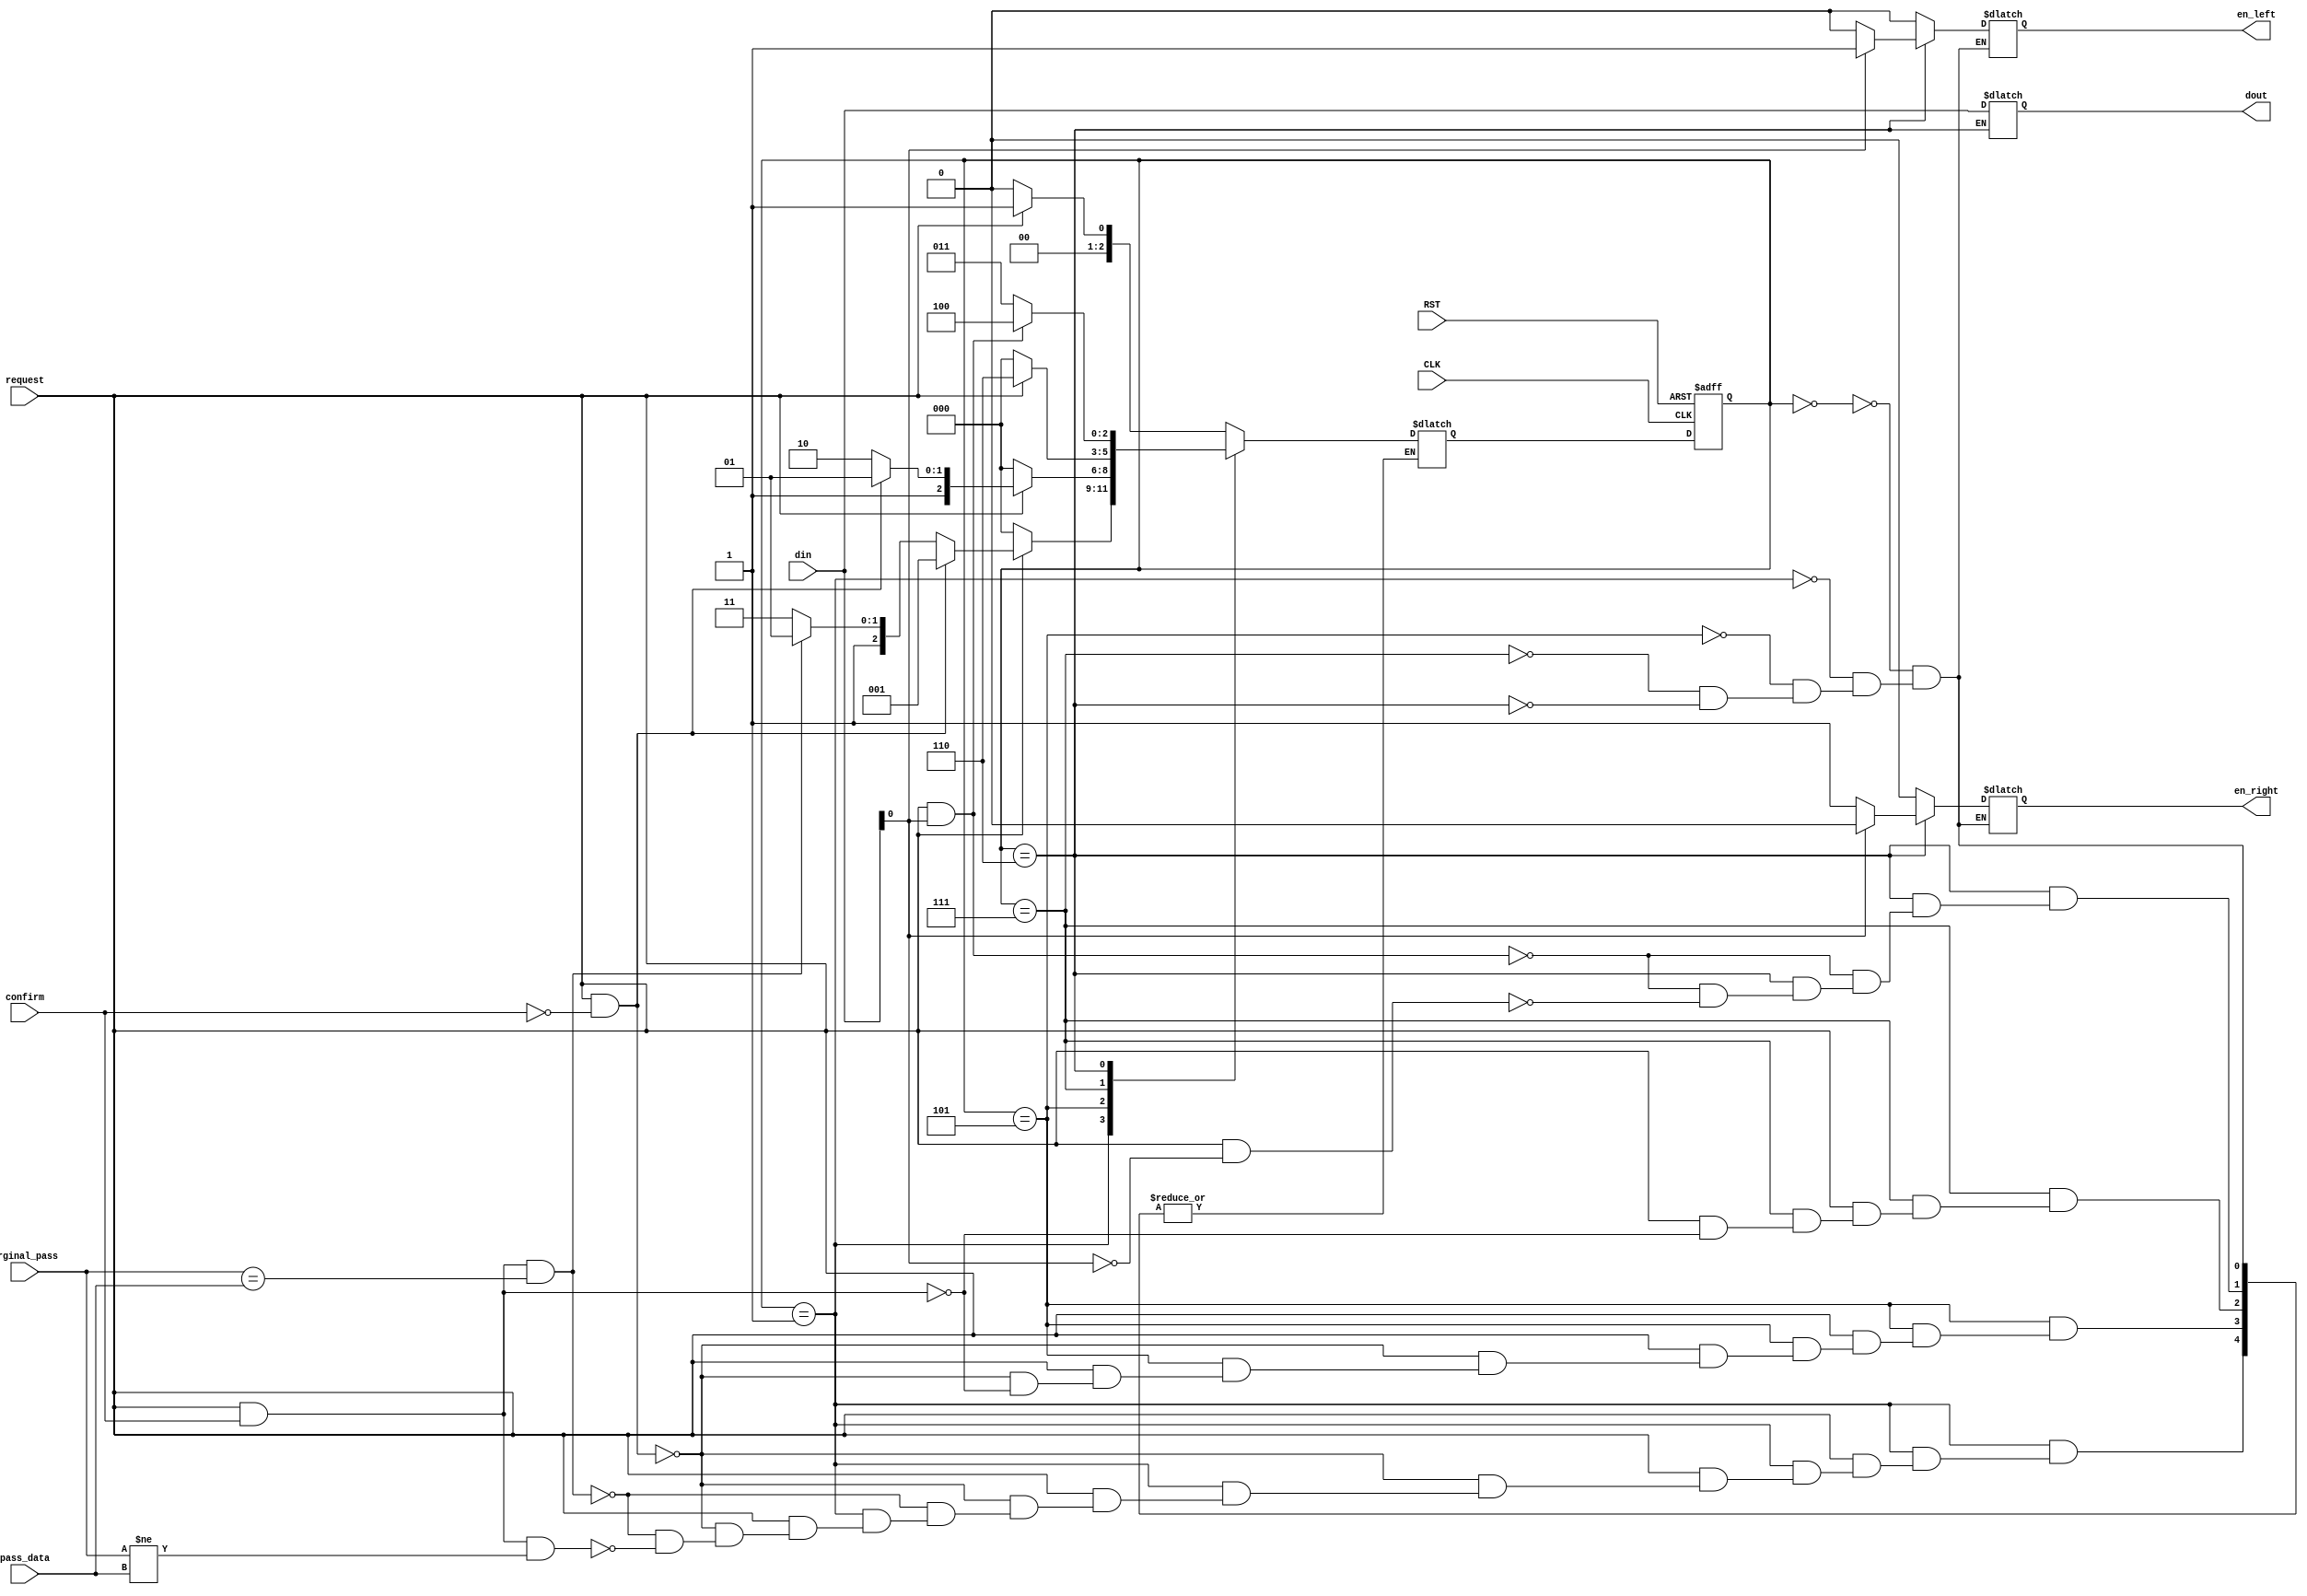
`timescale 1ns / 1ps
//////////////////////////////////////////////////////////////////////////////////
// Company: 
// Engineer: 
// 
// Design Name: 
// Module Name:    FSM 
// Project Name: 
// Target Devices: 
// Tool versions: 
// Description: 
//
// Dependencies: 
//
// Revision: 
// Revision 0.01 - File Created
// Additional Comments: 
//
//////////////////////////////////////////////////////////////////////////////////
module FSM(
   input [3:0]  orginal_pass,
   input        request,
	input  [3:0] din,
	input        RST ,
	input        CLK ,
	input        confirm ,
	input  [3:0] pass_data ,
	output reg      en_left ,
	output reg      en_right ,
	output reg [3:0] dout
);


  reg [2:0] Prstate, Nxtstate;
  parameter S0 = 3'b000 , S1 = 3'b001 , S2 = 3'b101 , S3 = 3'b111 , S4 = 3'b110 , S5 = 3'b011 , S6 = 3'b100;
  
   always @ (posedge CLK or negedge RST)
      if (~RST) Prstate = S0;   
      else Prstate = Nxtstate;  
		
   always @ (Prstate or confirm or request or din or pass_data or orginal_pass)      
         case (Prstate)
            S0: if (~request) Nxtstate = S0;
					 else Nxtstate = S1;	 
					 
            S1: if(~request) Nxtstate = S0;  
					 else if (request & ~confirm) Nxtstate = S1;  
                else if(request & confirm & orginal_pass == pass_data) Nxtstate = S2;
                else if(request & confirm & orginal_pass != pass_data) Nxtstate = S3;

            S2: if(~request) Nxtstate = S0;  
					 else if (request & ~confirm) Nxtstate = S2;  
					 else if (request & confirm) Nxtstate = S4;  
				
            S3: if(~request) Nxtstate = S0; 
					 //else Nxtstate = S3; 
					 else if (request & confirm) Nxtstate = S4;
				S4: if( request & din[0] == 1'b1)  Nxtstate = S6; 
					 else if( request & din[0] == 1'b0)  Nxtstate = S5; 	
         endcase
			
	always @ (Prstate or confirm or request or din)       
         case (Prstate)
            S0: 
				  begin  
				   en_left=1'b0 ; 
				   en_right=1'b0 ; 
				  end
            S1: 
				  begin  
				   en_left=1'b0 ; 
					en_right=1'b0 ;
				  end
            S2: 
				  begin 
				   en_left=1'b0 ;
					en_right=1'b0 ;
				  end
            S3:
				  begin 
				   en_left=1'b0 ; 
					en_right=1'b0 ;
				  end
            S4:
				  begin 
				  dout = din;
				  if (din[0]==1'b0) 
				     begin 
					    en_right=1'b1;
						 en_left=1'b0;
					 end
				  else if (din[0]==1'b1)
				     begin 
					   en_right=1'b0;
						en_left=1'b1;
					  end
				 end
         endcase

endmodule